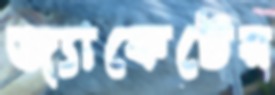
জ্যাকেটের